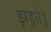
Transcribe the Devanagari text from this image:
झड़ते।